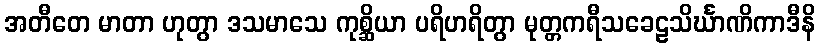
အတီတေ မာတာ ဟုတွာ ဒသမာသေ ကုစ္ဆိယာ ပရိဟရိတွာ မုတ္တကရီသခေဠသိင်္ဃာဏိကာဒီနိ